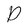
Character: D